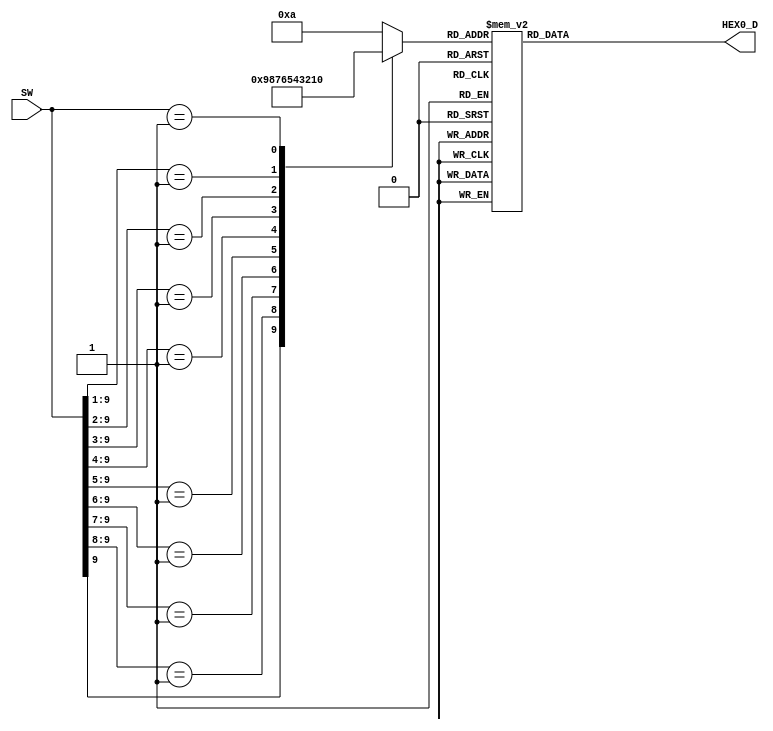
module PriorityCircuit(input [9:0] SW, 
                      output reg [6:0] HEX0_D);
							 
reg [3:0] data;
// Setting data from switches' state
always @(*)
	begin
	casez(SW) // ? = dont care
		10'b1?????????: data = 9;
      10'b01????????: data = 8;
		10'b001???????: data = 7;
      10'b0001??????: data = 6;
      10'b00001?????: data = 5;
      10'b000001????: data = 4;
      10'b0000001???: data = 3;
      10'b00000001??: data = 2;
      10'b000000001?: data = 1;
      10'b0000000001: data = 0;
      default: data = 10;
	endcase
	end

// 7 segment setting
always @(*)
	begin
	case(data)
      //              gfe_dcba     
      0: HEX0_D = ~7'b011_1111;
      1: HEX0_D = ~7'b000_0110;
      2: HEX0_D = ~7'b101_1011;
      3: HEX0_D = ~7'b100_1111;
      4: HEX0_D = ~7'b110_0110;
      5: HEX0_D = ~7'b110_1101;
      6: HEX0_D = ~7'b111_1101;
      7: HEX0_D = ~7'b000_0111;
      8: HEX0_D = ~7'b111_1111;
      9: HEX0_D = ~7'b110_1111;
      default: HEX0_D = ~7'b000_0000; // required
    endcase
	 end
	
endmodule